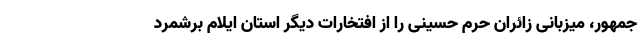
جمهور، میزبانی زائران حرم حسینی را از افتخارات دیگر استان ایلام برشمرد